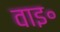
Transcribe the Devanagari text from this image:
वाइ॰